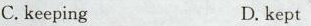
C. keeping D. kept